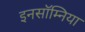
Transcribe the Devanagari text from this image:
इनसॉम्निया